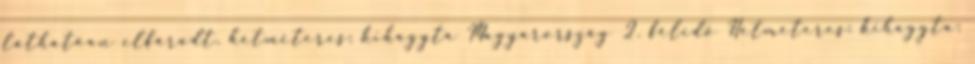
láthatóan elfáradt. hétméteres: kihagyta Magyarország 2. félidő Hétméteres: kihagyta: